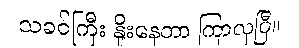
သခင်ကြီး နှိုးနေတာ ကြာလှပြီ။